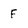
Character: f